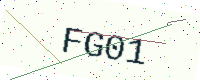
Text: FG01